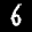
Label: 6